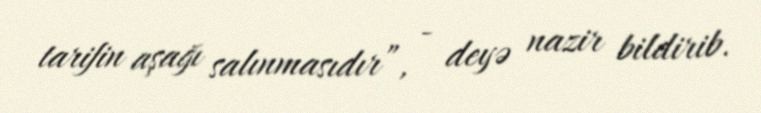
tarifin aşağı salınmasıdır”, - deyə nazir bildirib.